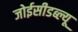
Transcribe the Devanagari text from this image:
जोईसीडब्ल्यू